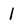
Character: 1